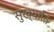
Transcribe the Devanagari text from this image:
सुख्याति